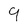
Character: 9